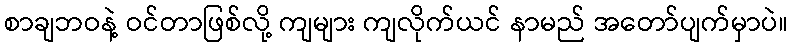
စာချဘဝနဲ့ ဝင်တာဖြစ်လို့ ကျများ ကျလိုက်ယင် နာမည် အတော်ပျက်မှာပဲ။